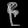
Digit: ၉